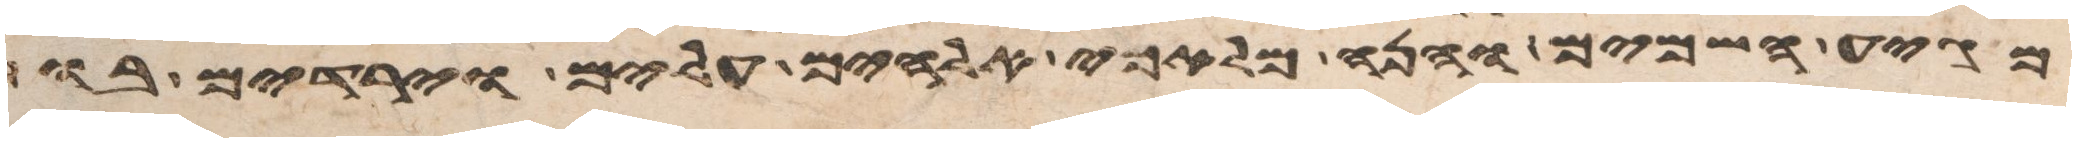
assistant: מגיע השמים והנה מלאכי אלהים עלים וירדים בו